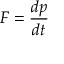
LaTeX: F = { \frac { d p } { d t } }